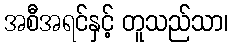
အစီအရင်နှင့် တူသည်သာ၊